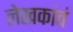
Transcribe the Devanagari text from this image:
लेखकांचं